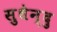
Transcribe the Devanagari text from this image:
सुधेन्दु